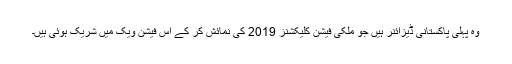
وہ پہلی پاکستانی ڈیزائنر ہیں جو ملکی فیشن کلیکشنز 2019 کی نمائش کر کے اس فیشن ویک میں‌ شریک ہوئی ہیں۔